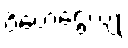
ဝိဟေဌေယျုံ